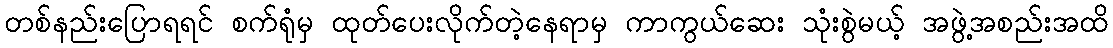
တစ်နည်းပြောရရင် စက်ရုံမှ ထုတ်ပေးလိုက်တဲ့နေရာမှ ကာကွယ်ဆေး သုံးစွဲမယ့် အဖွဲ့အစည်းအထိ